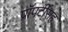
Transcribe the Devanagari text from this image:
प्रॉपर्टीसह